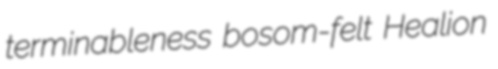
terminableness bosom-felt Healion